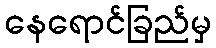
နေရောင်ခြည်မှ